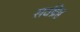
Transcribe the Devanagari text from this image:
सर्वष्रेष्ठ